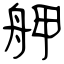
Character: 舺